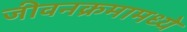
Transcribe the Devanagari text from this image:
जीवनक्रमामध्ये